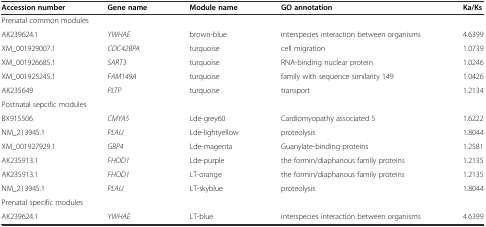
<table><thead><tr><td><b>Accession number</b></td><td><b>Gene name</b></td><td><b>Module name</b></td><td><b>GO annotation</b></td><td><b>Ka/Ks</b></td></tr></thead><tbody><tr><td colspan="2">Prenatal common modules</td><td></td><td></td><td></td></tr><tr><td>AK239624.1</td><td><i>YWHAE</i></td><td>brown-blue</td><td>interspecies interaction between organisms</td><td>4.6399</td></tr><tr><td>XM_001929007.1</td><td><i>CDC42BPA</i></td><td>turquoise</td><td>cell migration</td><td>1.0739</td></tr><tr><td>XM_001926685.1</td><td><i>SART3</i></td><td>turquoise</td><td>RNA-binding nuclear protein</td><td>1.0246</td></tr><tr><td>XM_001925245.1</td><td><i>FAM149A</i></td><td>turquoise</td><td>family with sequence similarity 149</td><td>1.0426</td></tr><tr><td>AK235649</td><td><i>PLTP</i></td><td>turquoise</td><td>transport</td><td>1.2134</td></tr><tr><td colspan="2">Postnatal sepcific modules</td><td></td><td></td><td></td></tr><tr><td>BX915506</td><td><i>CMYA5</i></td><td>Lde-grey60</td><td>Cardiomyopathy associated 5</td><td>1.6222</td></tr><tr><td>NM_213945.1</td><td><i>PLAU</i></td><td>Lde-lightyellow</td><td>proteolysis</td><td>1.8044</td></tr><tr><td>XM_001927929.1</td><td><i>GBP4</i></td><td>Lde-magenta</td><td>Guanylate-binding proteins</td><td>1.2581</td></tr><tr><td>AK235913.1</td><td><i>FHOD1</i></td><td>Lde-purple</td><td>the formin/diaphanous family proteins</td><td>1.2135</td></tr><tr><td>AK235913.1</td><td><i>FHOD1</i></td><td>LT-orange</td><td>the formin/diaphanous family proteins</td><td>1.2135</td></tr><tr><td>NM_213945.1</td><td><i>PLAU</i></td><td>LT-skyblue</td><td>proteolysis</td><td>1.8044</td></tr><tr><td colspan="2">Prenatal specific modules</td><td></td><td></td><td></td></tr><tr><td>AK239624.1</td><td><i>YWHAE</i></td><td>LT-blue</td><td>interspecies interaction between organisms</td><td>4.6399</td></tr></tbody></table>